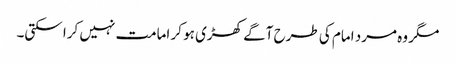
مگر وہ مرد امام کی طرح آگے کھڑی ہو کر امامت نہیں کرا سکتی۔